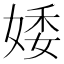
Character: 婑